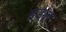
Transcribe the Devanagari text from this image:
इडल